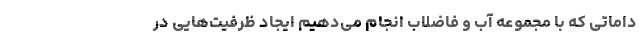
داماتی که با مجموعه آب و فاضلاب انجام می‌دهیم ایجاد ظرفیت‌هایی در